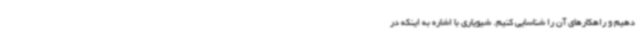
دهیم و راهکارهای آن را شناسایی کنیم. شیویاری با اشاره به اینکه در